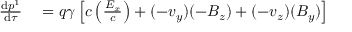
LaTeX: \begin{array} { r l } { { \frac { \mathrm { d } p ^ { 1 } } { \mathrm { d } \tau } } } & { { } = q \gamma \left[ c \left( { \frac { E _ { x } } { c } } \right) + ( - v _ { y } ) ( - B _ { z } ) + ( - v _ { z } ) ( B _ { y } ) \right] } \end{array}